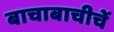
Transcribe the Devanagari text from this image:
बाचाबाचीचें